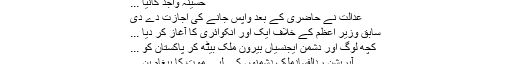
حسینہ واجد کانیا ...
عدالت نے حاضری کے بعد واپس جانے کی اجازت دے دی
سابق وزیر اعظم کے خلاف ایک اور انکوائری کا آغاز کر دیا ...
کچھ لوگ اور دشمن ایجنسیاں بیرون ملک بیٹھ کر پاکستان کو ...
آپریشن ردالفسادملک دشمنوں کے لیے موت کا پیغام بن ...